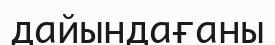
дайындағаны